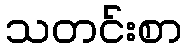
သတင်းစာ